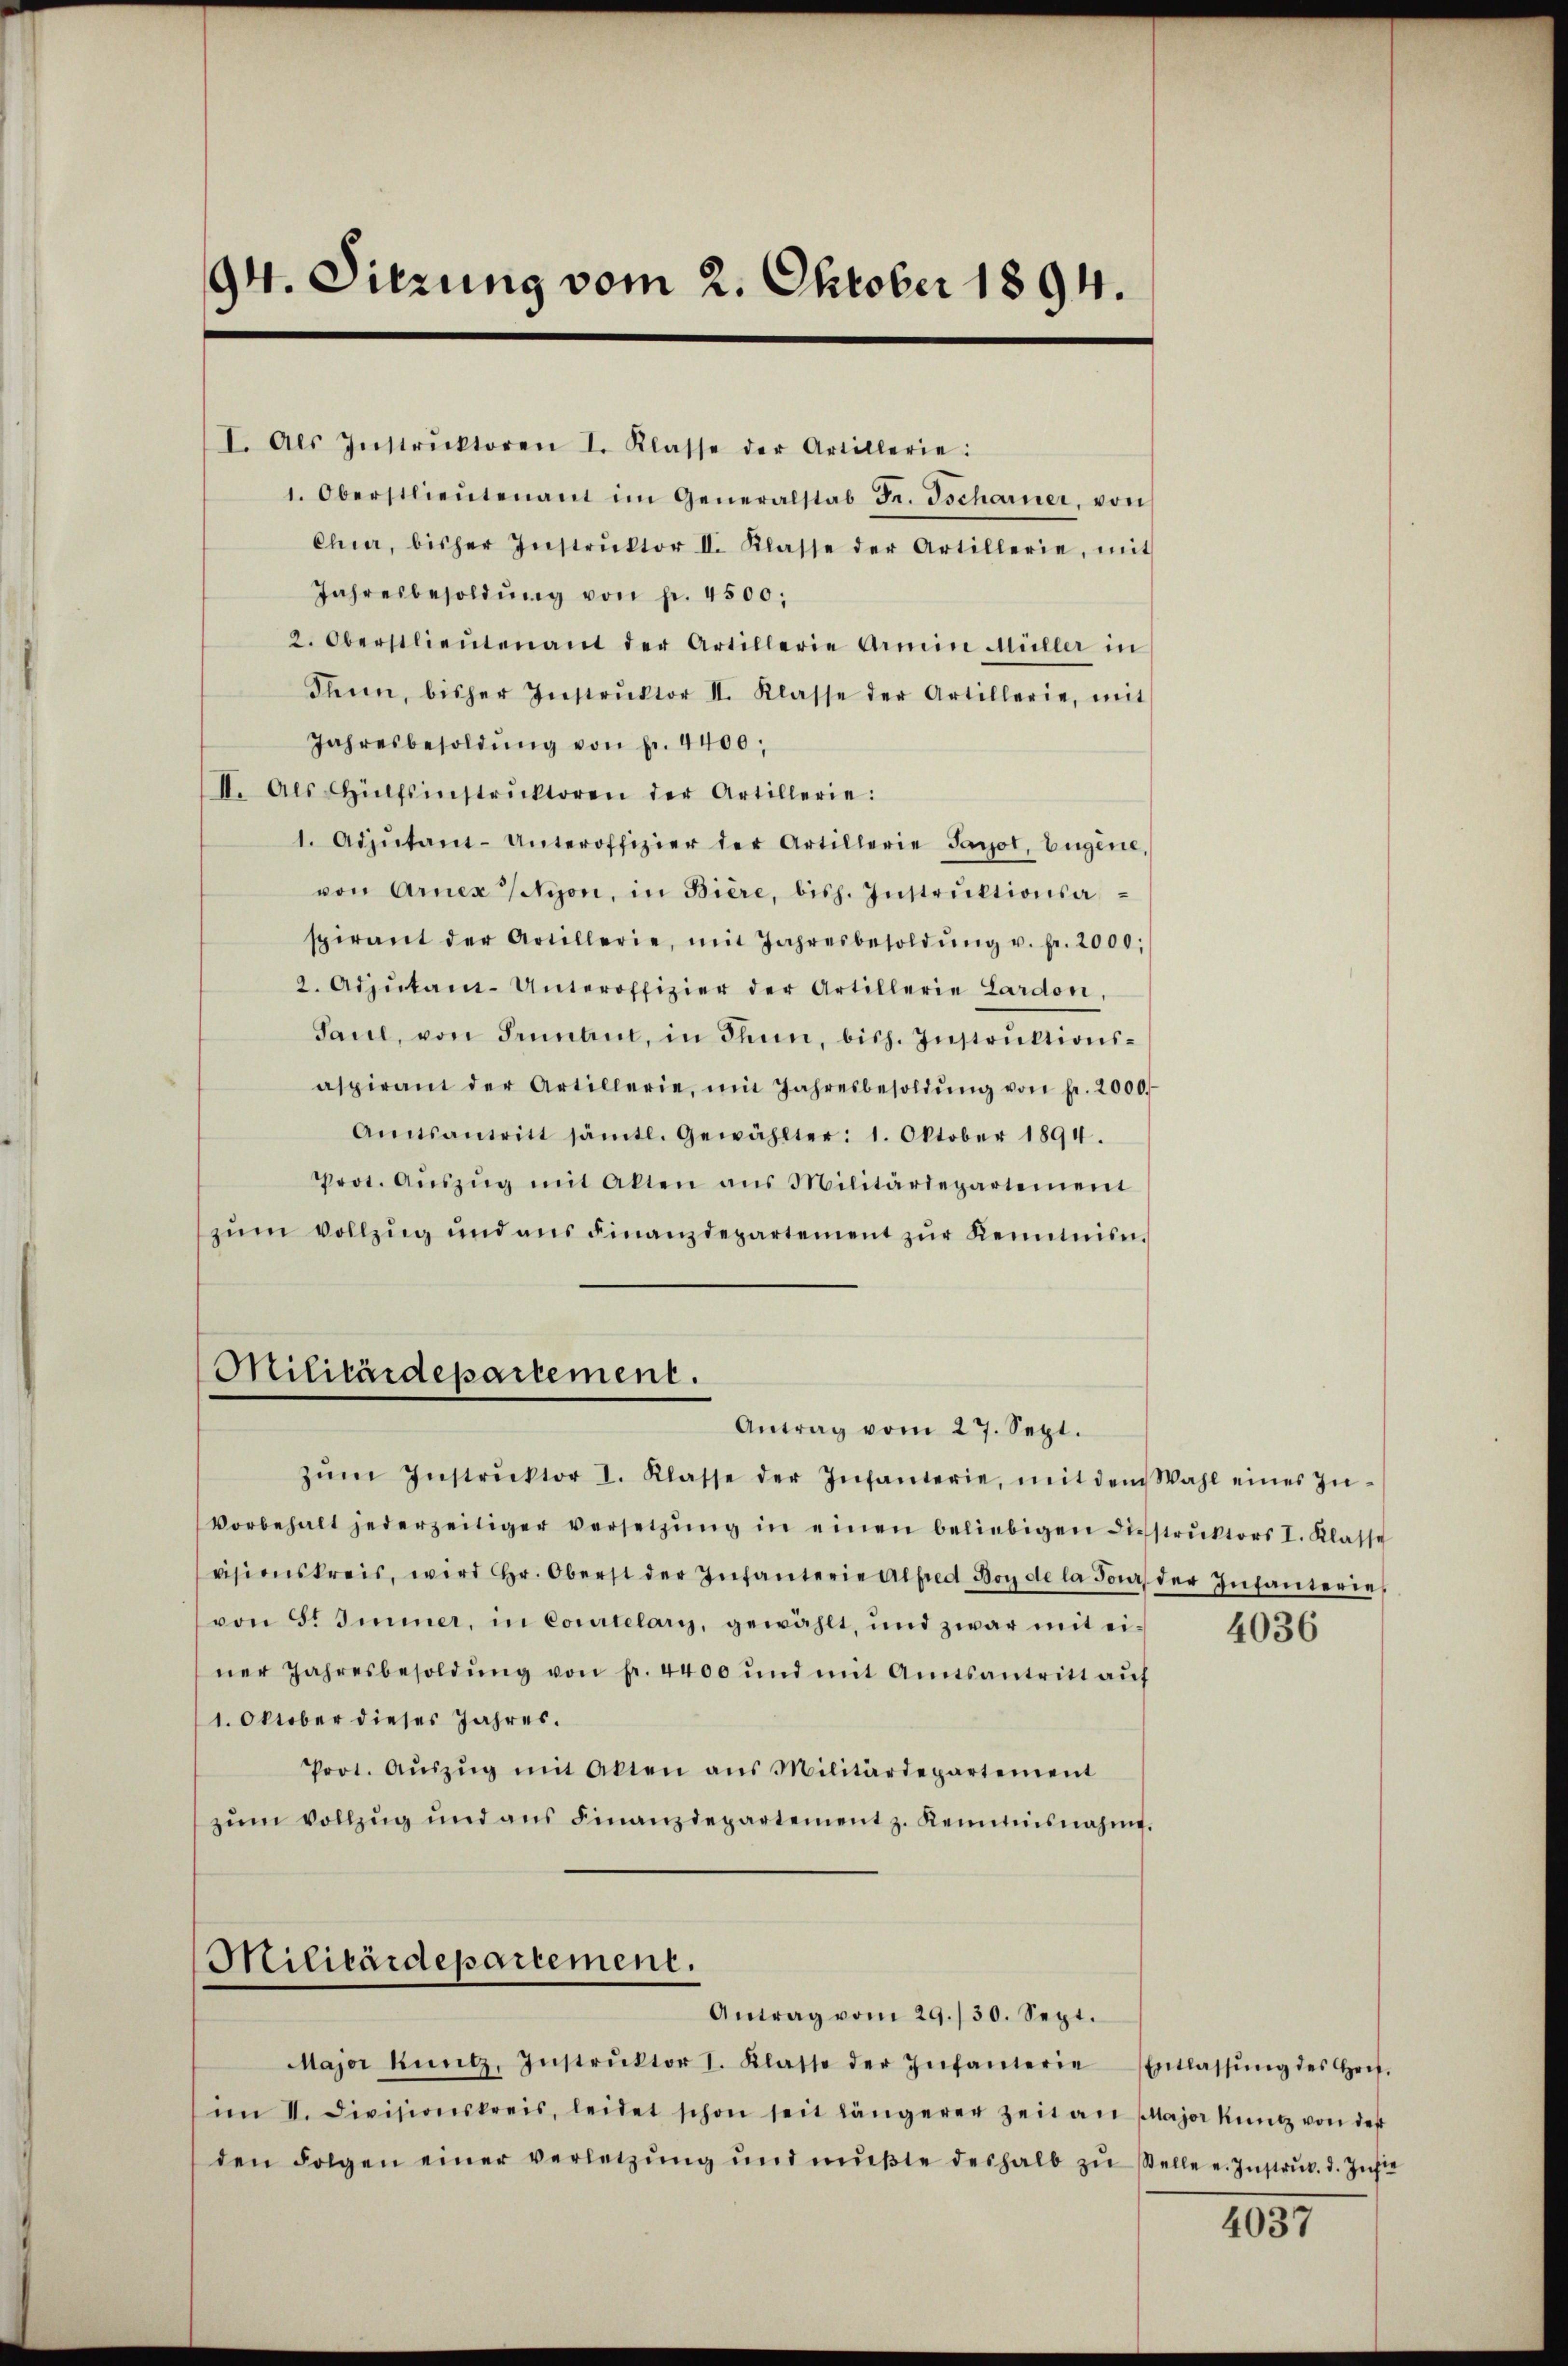
94. Sitzung vom 2. Oktober 1894.

I. Als Instrŭktoren I. Klasse der Artillerie:
1. Oberstlieutenant im Generalstab Fr. Tscharner, von
Chur, bisher Instrŭktor II. Klasse der Artillerie, mit
Jahresbesoldŭng von pr. 4500;
2. Oberstlieutenant der Artillerie Armin Müller in
Thun, bisher Instrŭktor II. Klasse der Artillerie, mit
Jahresbesoldŭng von fr. 4400;
II. Als Hülfsinstrŭktoren der Artillerie:
1. Adjutant-Unteroffizier der Artillerie Sarot, Eugene,
von Arnex Nyon, in Biere, bish. Instrŭktionsa-
spirant der Artillerie, mit Jahresbesoldŭng u. fr. 2000;
2. Adjutant-Unteroffizier der Artillerie Lardon,
Saul, von Jennen, in Thun, bish. Instruktionsaspirant der Artillerie, mit Jahresbesoldŭng von fr. 2000.
Amtsantritt sämtl. Gewählter: 1. Oktober 1894.
Prot. Aŭszŭg mit Akten ans Militärdepartement
zŭm vollzŭg und ans Finanzdepartement zŭr Kenntnis.

Militärdepartement.
Antrag vom 27. Sept.

zŭm Instrŭktor I. Klasse der Infanterie, mit dem Wahl eines In-
Vorbehalt jederzeitiger versetzŭng in einen beliebigen Diesstrŭktors I. Klasse
visionskreis, wird Hr. Oberst der Infanterie Alfred Boy de la Pour der Infanterie
von S. Immer, in Courtelary, gewählt, und zwar mit einer Jahresbesoldŭng von fr. 4400 und mit Amtsantritt aŭf
1. Oktober dieses Jahres.
Prot. Aŭszŭg mit Akten ans Militärdepartement
zŭm Vollzŭg und ans Finanzdepartement z. Kemnisnahme.

Militärdepartement.

Major Kuntz, Instrŭktor 1. Klasse der Infanterie
im II. Divisionskreis, leidet schon seit längerer Zeit an Major kunt von der
den Folgen einer verletzŭng ŭnd mŭβte deshalb zŭ stelle u. Instrŭk. d. Zuste

Antrag vom 29./30. Sept.

4036

Entlassŭng des Heit.

2037